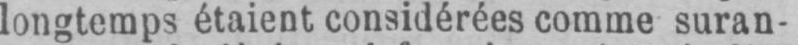
longtemps étaient considérées comme suran-